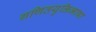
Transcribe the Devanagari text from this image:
गणितयुक्तिभाषा